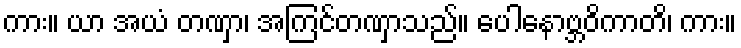
ကား။ ယာ အယံ တဏှာ၊ အကြင်တဏှာသည်။ ပေါနောဗ္ဘဝိကာတိ၊ ကား။